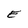
Character: E